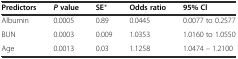
<table><thead><tr><td><b>Predictors</b></td><td><b><i>P</i>value</b></td><td><b>SE*</b></td><td><b>Odds ratio</b></td><td><b>95%Cl</b></td></tr></thead><tbody><tr><td>Albumin</td><td>0.0005</td><td>0.89</td><td>0.0445</td><td>0.0077 to 0.2577</td></tr><tr><td>BUN</td><td>0.0003</td><td>0.009</td><td>1.0353</td><td>1.0160 to 1.0550</td></tr><tr><td>Age</td><td>0.0013</td><td>0.03</td><td>1.1258</td><td>1.0474 – 1.2100</td></tr></tbody></table>